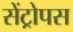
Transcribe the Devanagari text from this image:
सेंट्रोपस